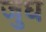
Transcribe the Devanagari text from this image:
जुध